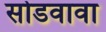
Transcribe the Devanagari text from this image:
सोडवावा